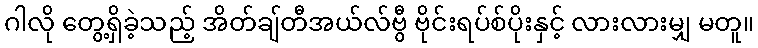
ဂါလို တွေ့ရှိခဲ့သည့် အိတ်ချ်တီအယ်လ်ဗွီ ဗိုင်းရပ်စ်ပိုးနှင့် လားလားမျှ မတူ။